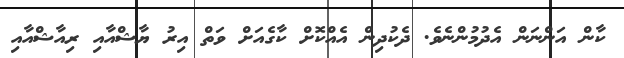
ކާން އަންނަން އެދުމުންނެވެ. ދެކުދިން އެއްކޮށް ކާގެއަށް ވަތް އިރު ޔާޝްއާއި ރިއާޝްއާއި